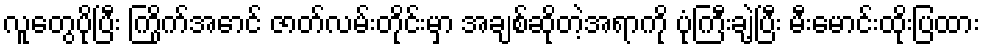
လူတွေပိုပြီး ကြိုက်အောင် ဇာတ်လမ်းတိုင်းမှာ အချစ်ဆိုတဲ့အရာကို ပုံကြီးချဲ့ပြီး မီးမောင်းထိုးပြထား